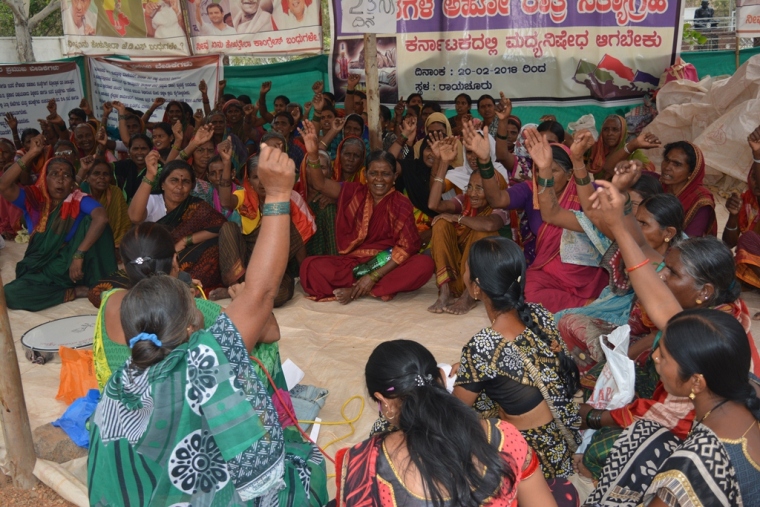
Language: kannada
Transcription: ಕರ್ನಾಟಕದಲ್ಲಿ ಮದ್ಯನಿಷೇಧ ಆಗಬೇಕು